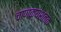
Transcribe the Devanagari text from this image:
चाणक्यशतक